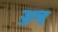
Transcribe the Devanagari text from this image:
ज्ज्ज्